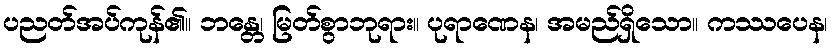
ပညတ်အပ်ကုန်၏။ ဘန္တေ၊ မြတ်စွာဘုရား။ ပုရာဏေန၊ အမည်ရှိသော။ ကဿပေန၊